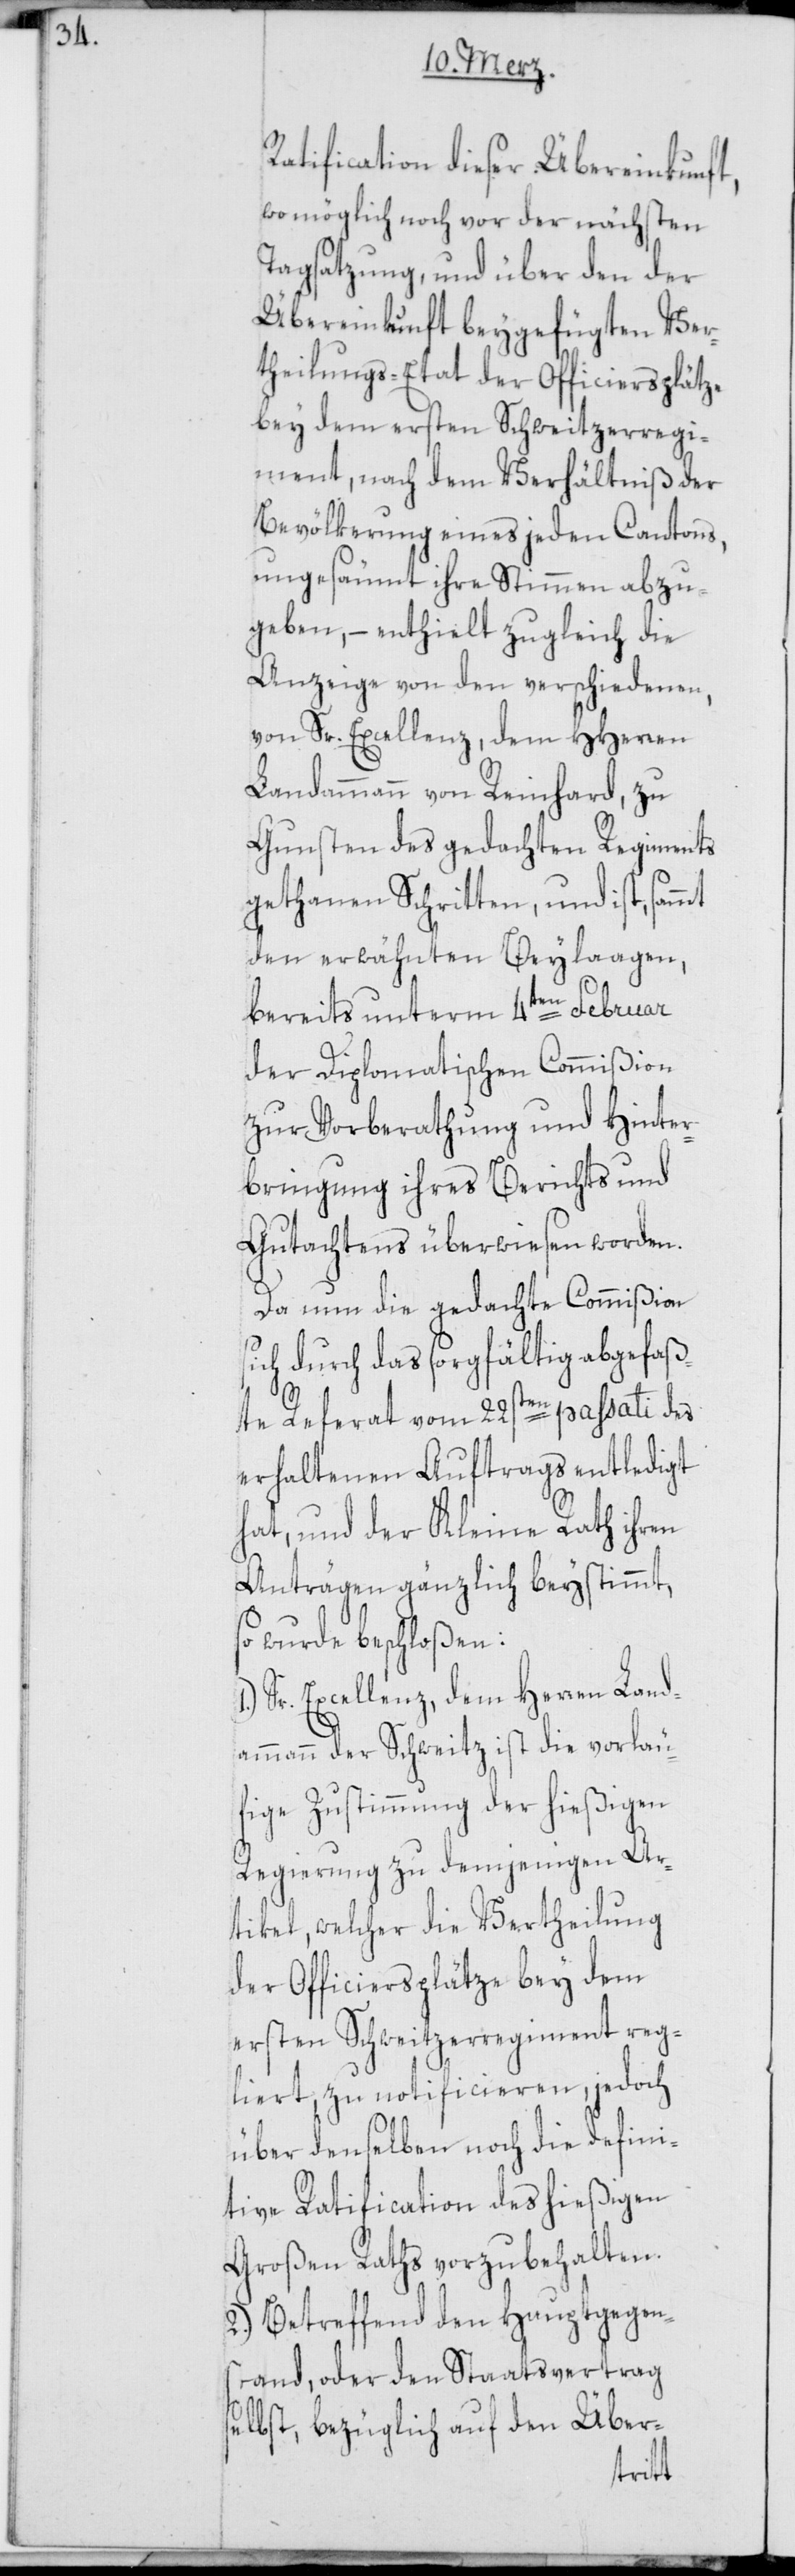
Ratification dieser Übereinkunft,
wo möglich noch vor der nächsten
Tagsatzung, und über den der
Übereinkunft beygefügten Ver¬
theilungs-Etat der Officiersplätze
bey dem ersten Schweitzerregi¬
ment, nach dem Verhältniß der
Bevölkerung eines jeden Cantons,
ungesäumt ihre Stimmen abzu¬
geben, – enthielt zugleich die
Anzeige von den verschiedenen,
von Sr. Excellenz, dem HHerren
Landammann von Reinhard, zu
Gunsten des gedachten Regiments
gethanen Schritten, und ist sammt
den erwähnten Beylagen,
si¬
bereits unterm 4ten Februar
der Diplomatischen Commißion
zur Vorberathung und Hinter¬
bringung ihres Berichts und
Gutachtens überwiesen worden.
Da nun die gedachte Commißion
ch durch das sorgfältig abgefaß¬
te Referat vom 22sten passati des
erhaltenen Auftrags entledigt
hat, und der Kleine Rath ihren
Anträgen gänzlich beystimmt,
wurde beschloßen:
Sr. Excellenz, dem Herren Land¬
ammann der Schweitz ist die vorläu¬
fige Zustimmung der hießigen
Regierung zu demjenigen Ar¬
tikel, welcher die Vertheilung
der Officiersplätze bey dem
ersten Schweitzerregiment reg¬
liert, zu notificieren, jedoch
über denselben noch die defini¬
tive Ratification des hießigen
Großen Raths vorzubehalten.
2.) Betreffend den Hauptgegen¬
stand, oder den Staatsvertrag
selbst, bezüglich auf den Über-